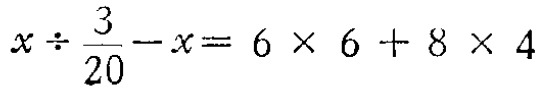
\(x\div\frac{3}{20}-x = 6\times 6 + 8\times 4\)